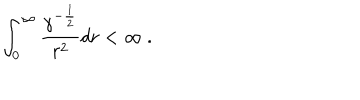
LaTeX: \int _ { 0 } ^ { \infty } { { \frac { \gamma ^ { - { \frac { 1 } { 2 } } } } { r ^ { 2 } } } } d r < \infty \ .